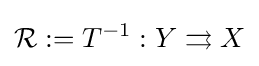
{\mathcal {R}}:=T^{-1}:Y\rightrightarrows X